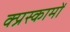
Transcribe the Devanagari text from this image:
क्प्रस्कामों